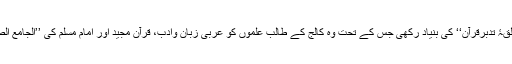
۱۹۶۱ء میں انھوں نے ’’حلقۂ تدبرقرآن‘‘ کی بنیاد رکھی جس کے تحت وہ کالج کے طالب علموں کو عربی زبان وادب، قرآن مجید اور امام مسلم کی ’’الجامع الصحیح‘‘ پڑھایا کرتے تھے۔